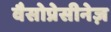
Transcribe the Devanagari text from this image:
वैसोप्रेसीनेज़